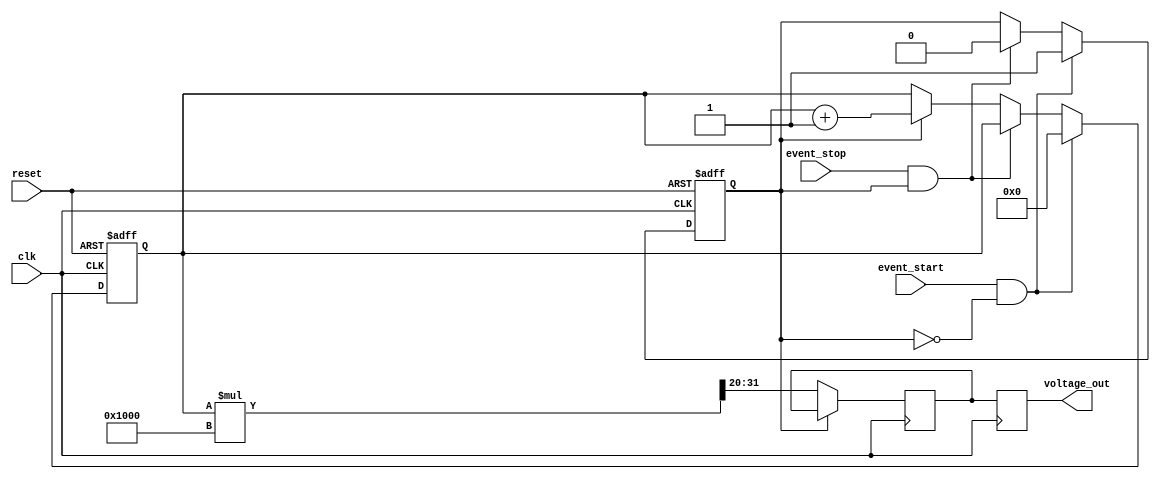
module TDC (
    input wire clk,               // System clock
    input wire reset,             // Asynchronous reset
    input wire event_start,       // Start event signal
    input wire event_stop,        // Stop event signal
    output reg [11:0] voltage_out  // Output voltage (12-bit for simplicity)
);

    // Parameters
    parameter CLOCK_FREQ = 100_000_000; // 100 MHz clock
    parameter k = 4096; // Scaling factor for voltage conversion (example value)

    // Internal signals
    reg [31:0] time_count; // Time counter (32-bit for large counts)
    reg counting;          // Counting flag
    reg [11:0] voltage;    // Voltage level (12-bit)

    // Event Detector and Time Counter
    always @(posedge clk or posedge reset) begin
        if (reset) begin
            time_count <= 32'b0;
            counting <= 1'b0;
        end else begin
            if (event_start && !counting) begin
                counting <= 1'b1; // Start counting
                time_count <= 32'b0; // Reset time count
            end else if (event_stop && counting) begin
                counting <= 1'b0; // Stop counting
            end else if (counting) begin
                time_count <= time_count + 1; // Increment time count
            end
        end
    end

    // Analog Voltage Generator
    always @(posedge clk) begin
        if (!counting) begin
            // Convert time count to voltage
            voltage <= (time_count * k) >> 20; // Scale down to fit 12 bits
        end
    end

    // Output Buffer
    always @(posedge clk) begin
        voltage_out <= voltage; // Hold the voltage output
    end

endmodule